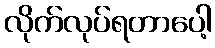
လိုက်လုပ်ရတာပေါ့